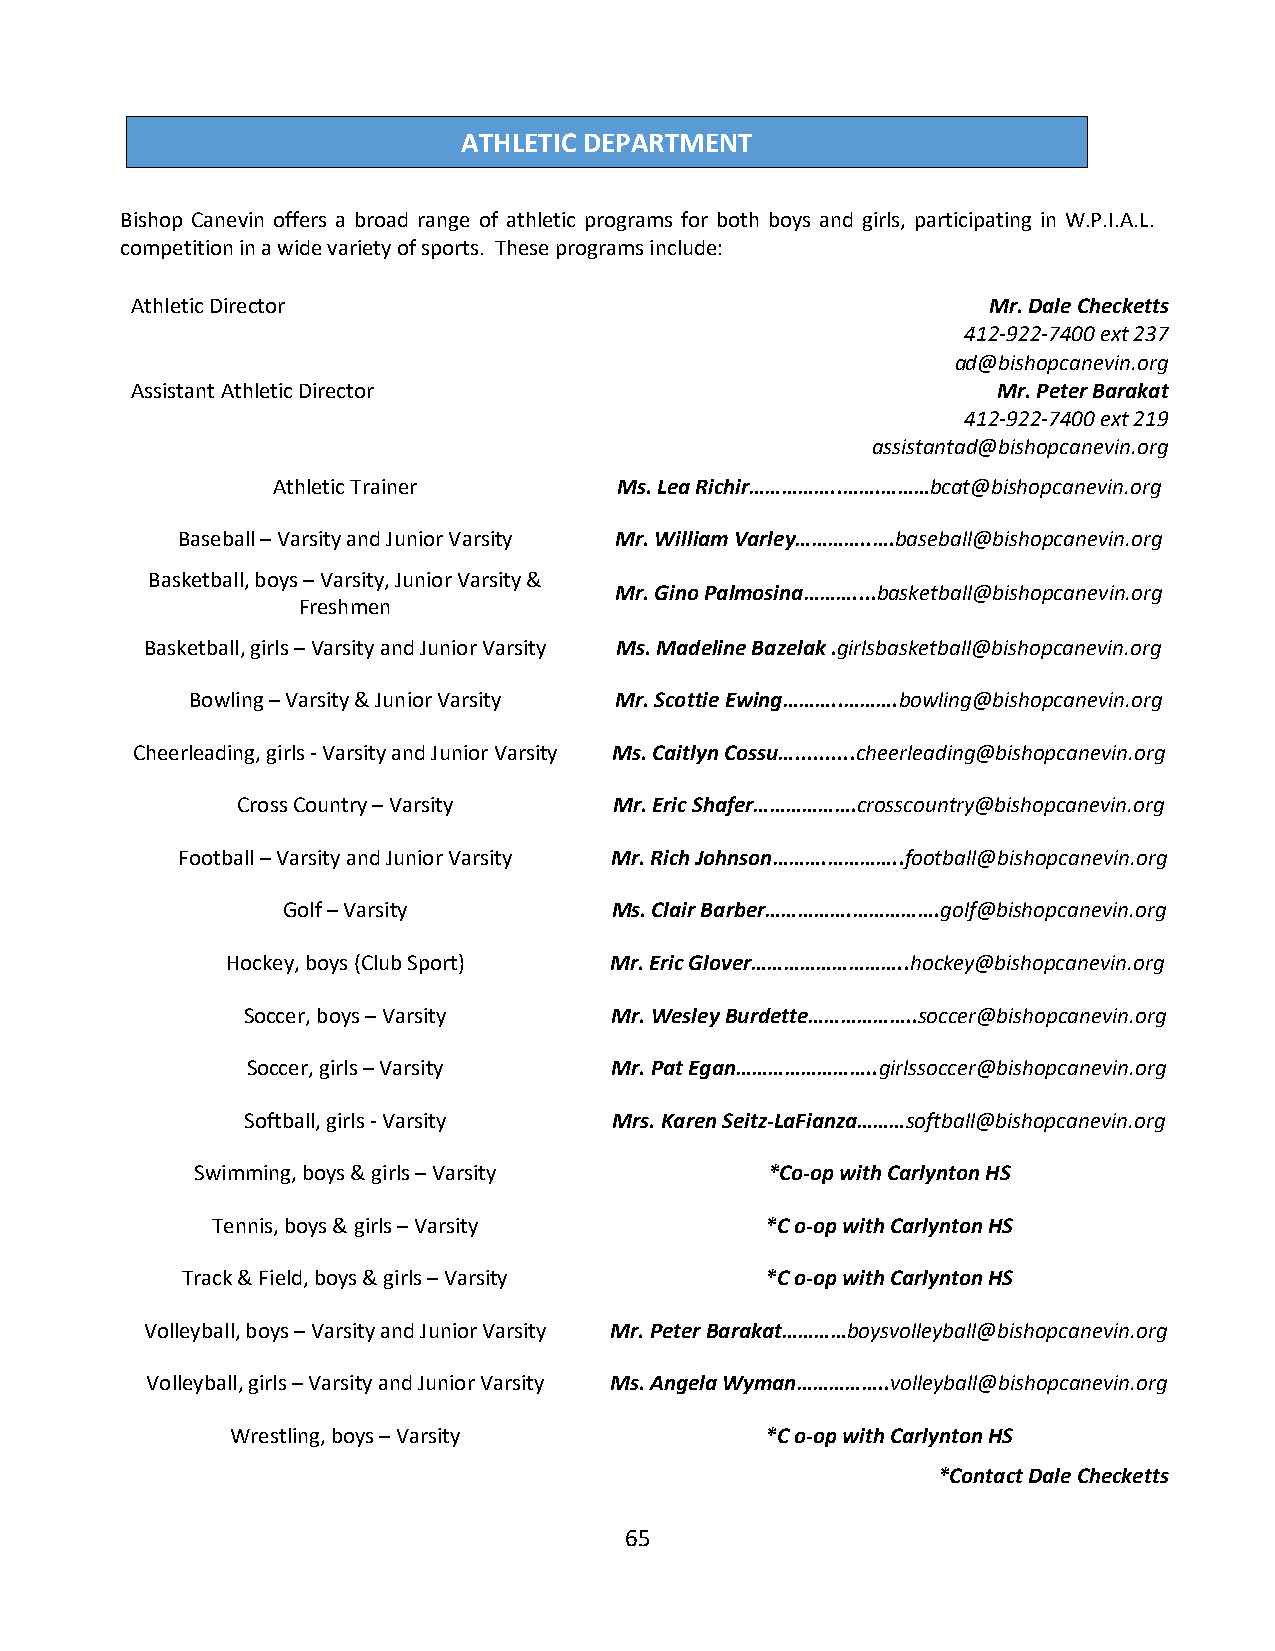
ATHLETIC DEPARTMENT
 Bishop Canevin offers a broad range of athletic programs for both boys and girls, participating in W.P.I.A.L.
 competition in a wide variety of sports. These programs include:
 Athletic Director                                       Mr. Dale Checketts
 412-922-7400 ext 237
 ad@bishopcanevin.org
 Assistant Athletic Director                              Mr. Peter Barakat
 412-922-7400 ext 219
 assistantad@bishopcanevin.org
 Athletic Trainer       Ms. Lea Richir……………..…….………bcat@bishopcanevin.org
 Baseball – Varsity and Junior Varsity Mr. William Varley…………..….baseball@bishopcanevin.org
 Basketball, boys – Varsity, Junior Varsity &
 Mr. Gino Palmosina………....basketball@bishopcanevin.org
 Freshmen
 Basketball, girls – Varsity and Junior Varsity Ms. Madeline Bazelak .girlsbasketball@bishopcanevin.org
 Bowling – Varsity & Junior Varsity Mr. Scottie Ewing………..……….bowling@bishopcanevin.org
 Cheerleading, girls - Varsity and Junior Varsity Ms. Caitlyn Cossu…..........cheerleading@bishopcanevin.org
 Cross Country – Varsity  Mr. Eric Shafer……………….crosscountry@bishopcanevin.org
 Football – Varsity and Junior Varsity Mr. Rich Johnson……….…………..football@bishopcanevin.org
 Golf – Varsity       Ms. Clair Barber…………….…………….golf@bishopcanevin.org
 Hockey, boys (Club Sport) Mr. Eric Glover………………………..hockey@bishopcanevin.org
 Soccer, boys – Varsity  Mr. Wesley Burdette………………..soccer@bishopcanevin.org
 Soccer, girls – Varsity Mr. Pat Egan……………………..girlssoccer@bishopcanevin.org
 Softball, girls - Varsity Mrs. Karen Seitz-LaFianza………softball@bishopcanevin.org
 Swimming, boys & girls – Varsity      *Co-op with Carlynton HS
 Tennis, boys & girls – Varsity       *C o-op with Carlynton HS
 Track & Field, boys & girls – Varsity  *C o-op with Carlynton HS
 Volleyball, boys – Varsity and Junior Varsity Mr. Peter Barakat…………boysvolleyball@bishopcanevin.org
 Volleyball, girls – Varsity and Junior Varsity Ms. Angela Wyman……………..volleyball@bishopcanevin.org
 Wrestling, boys – Varsity           *C o-op with Carlynton HS
 *Contact Dale Checketts
 65